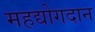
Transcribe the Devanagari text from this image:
महद्योगदान